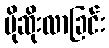
ပိုဆိုးလာခြင်း